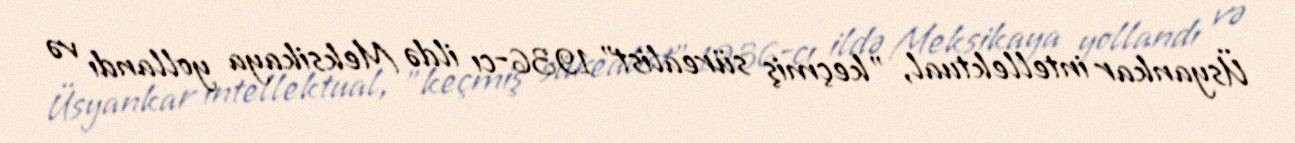
Üsyankar intellektual, "keçmiş sürealist" 1936-cı ildə Meksikaya yollandı və